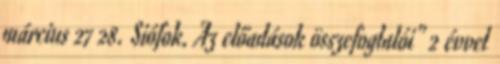
március 27 28. Siófok. Az előadások összefoglalói" 2 évvel